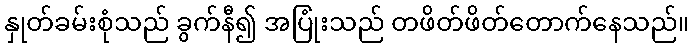
နှုတ်ခမ်းစုံသည် ခွက်နီ၍ အပြုံးသည် တဖိတ်ဖိတ်တောက်နေသည်။